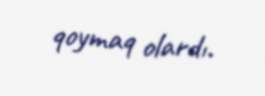
qoymaq olardı.